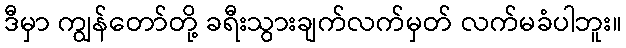
ဒီမှာ ကျွန်တော်တို့ ခရီးသွားချက်လက်မှတ် လက်မခံပါဘူး။